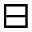
\boxminus